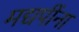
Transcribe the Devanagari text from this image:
मद्यपींना